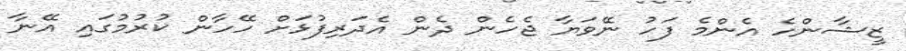
ޒީޝާންހެ އެންމެ ފަހު ނޭވަޔާ ޖެހެން ދެން އެދަރިފުޅަށް ހޭހާން ކުރުމުގައި އޭނާ